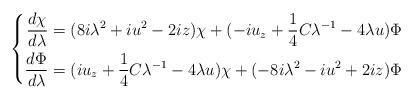
LaTeX: \begin{align*} \left \{ \begin{aligned}\frac{d \chi}{d \lambda} = ( 8 i \lambda^{2} + i u^{2}-2i z) \chi + ( -i u_{z} + \frac{1}{4} C \lambda^{-1} - 4 \lambda u ) \Phi \\\frac{d \Phi}{d \lambda} = (i u_{z}+\frac{1}{4}C \lambda^{-1}-4\lambda u )\chi + (-8 i\lambda^{2} - i u^{2}+2i z)\Phi\end{aligned} \right. \end{align*}